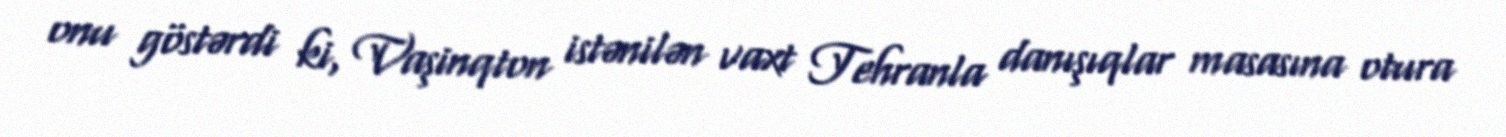
onu göstərdi ki, Vaşinqton istənilən vaxt Tehranla danışıqlar masasına otura